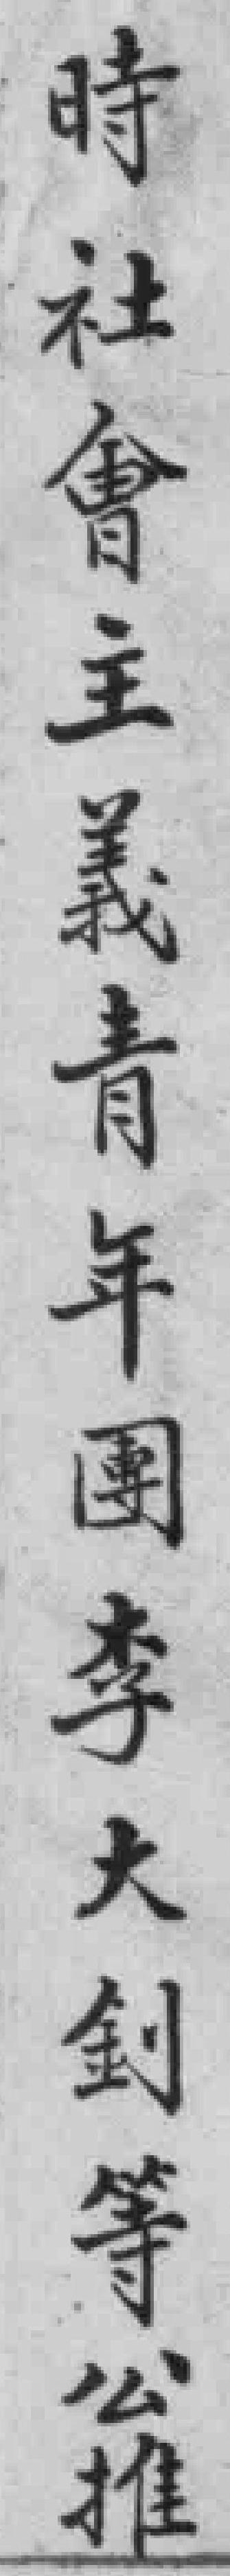
時社會主義青年團李大釗等公推